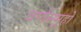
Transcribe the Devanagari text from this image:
वर्णसमूहो